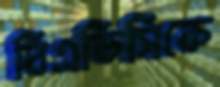
বিএডিসিকে